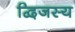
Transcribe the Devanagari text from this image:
द्विजस्य